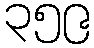
၃၅၉